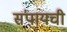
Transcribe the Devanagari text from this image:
संपायची